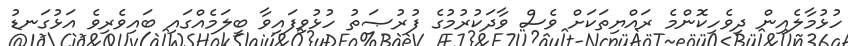
ހުޅުމާލެއިން ދިވެހިކޮންމެ ރައްޔިތަކަށް ވެސް ވާދަކުރުމުގެ ފުރުޞަތު ހުޅުވިފައިވާ ބީލަމެއްގައި ބައިވެރިވެ އަޅުގަނޑު